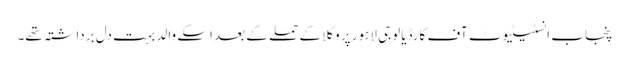
پنجاب انسٹیٹیوٹ آف کارڈیالوجی لاہور پر وکلا کے حملے کے بعد اسکے والد بہت دل برداشتہ تھے۔